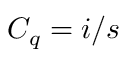
C _ { q } = i / s